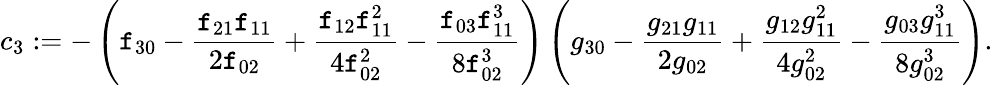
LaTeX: c_{3}:=-\left(\mathtt{f}_{30}-\frac{{\mathtt{f}_{21}\mathtt{f}_{11}}}{{2\mathtt{f}_{02}}}+\frac{{\mathtt{f}_{12}\mathtt{f}_{11}^{2}}}{{4\mathtt{f}_{02}^{2}}}-\frac{{\mathtt{f}_{03}\mathtt{f}_{11}^{3}}}{{8\mathtt{f}_{02}^{3}}}\right)\left(g_{30}-\frac{{g_{21}g_{11}}}{{2g_{02}}}+\frac{{g_{12}g_{11}^{2}}}{{4g_{02}^{2}}}-\frac{{g_{03}g_{11}^{3}}}{{8g_{02}^{3}}}\right).